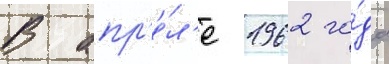
В апр'е́л'е 1962 го́да